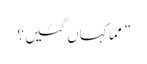
” ممّا کہاں گئیں ؟